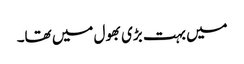
میں بہت بڑی بھول میں تھا۔